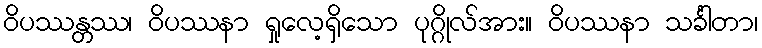
ဝိပဿန္တဿ၊ ဝိပဿနာ ရှုလေ့ရှိသော ပုဂ္ဂိုလ်အား။ ဝိပဿနာ သင်္ခါတာ၊